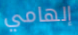
إلهامي